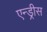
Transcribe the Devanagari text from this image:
एन्ड्रीस